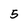
Character: 5